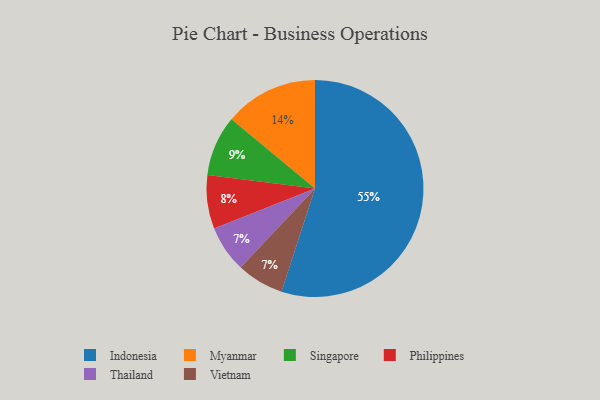
{"axis": {"x": "Category", "y": "Percentage"}, "legend": ["Indonesia", "Myanmar", "Philippines", "Singapore", "Thailand", "Vietnam"], "data": [{"x": "Myanmar", "y": 14, "type": "Myanmar"}, {"x": "Thailand", "y": 7, "type": "Thailand"}, {"x": "Indonesia", "y": 55, "type": "Indonesia"}, {"x": "Singapore", "y": 9, "type": "Singapore"}, {"x": "Philippines", "y": 8, "type": "Philippines"}, {"x": "Vietnam", "y": 7, "type": "Vietnam"}]}